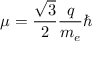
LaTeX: \mu = { \frac { \sqrt { 3 } } { 2 } } { \frac { q } { m _ { e } } } \hbar